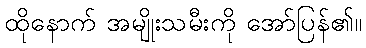
ထိုနောက် အမျိုးသမီးကို အော်ပြန်၏။